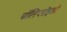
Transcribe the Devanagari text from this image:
पॉलिप्लॉइडी